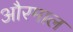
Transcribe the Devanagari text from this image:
औरमाल